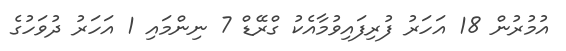
އުމުރުން 18 އަހަރު ފުރިފައިވުމާއެކު ގްރޭޑް 7 ނިންމައި 1 އަހަރު ދުވަހުގެ